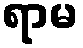
ရာမ